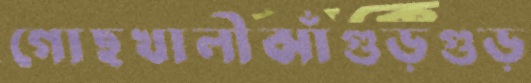
গোছখালীঝাঁগুড়গুড়